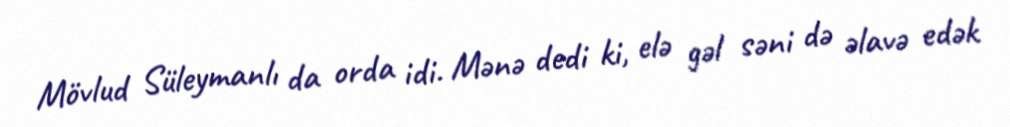
Mövlud Süleymanlı da orda idi. Mənə dedi ki, elə gəl səni də əlavə edək